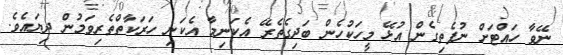
ނޭވާ ހައްޓަށް ނުފެތިގެން އުޅޭ މީހަކުހެން ބަދިގެތެރޭ އެކަނިމާ އެކަނި ހަރަކާތްތެރިވަމުން ދިޔައެވެ.